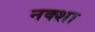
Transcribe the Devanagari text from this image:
नक्‍शा